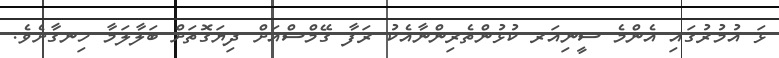
ޅަ އުމުރުގައި އެންމެ ސީނިއަރ ކުޅުންތެރިންނާއެކު ރަފާ ގޭމްސްއަށް ދިޔަގޮތަށް ބަލާލަމާ ހިނގާށެވެ.